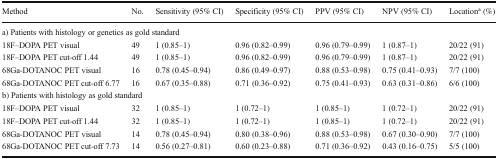
| Method | No. | Sensitivity (95% CI) | Specificity (95% CI) | PPV (95% CI) | NPV (95% CI) | Locationa (%) |
 | --- | --- | --- | --- | --- | --- | --- |
 | <COLSPAN=7> a) Patients with histology or genetics as gold standard |
 | 18F–DOPA PET visual | 49 | 1 (0.85–1) | 0.96 (0.82–0.99) | 0.96 (0.79–0.99) | 1 (0.87–1) | 20/22 (91) |
 | 18F–DOPA PET cut-off 1.44 | 49 | 1 (0.85–1) | 0.96 (0.82–0.99) | 0.96 (0.79–0.99) | 1 (0.87–1) | 20/22 (91) |
 | 68Ga-DOTANOC PET visual | 16 | 0.78 (0.45–0.94) | 0.86 (0.49–0.97) | 0.88 (0.53–0.98) | 0.75 (0.41–0.93) | 7/7 (100) |
 | 68Ga-DOTANOC PET cut-off 6.77 | 16 | 0.67 (0.35–0.88) | 0.71 (0.36–0.92) | 0.75 (0.41–0.93) | 0.63 (0.31–0.86) | 6/6 (100) |
 | <COLSPAN=7> b) Patients with histology as gold standard |
 | 18F–DOPA PET visual | 32 | 1 (0.85–1) | 1 (0.72–1) | 1 (0.85–1) | 1 (0.72–1) | 20/22 (91) |
 | 18F–DOPA PET cut-off 1.44 | 32 | 1 (0.85–1) | 1 (0.72–1) | 1 (0.85–1) | 1 (0.72–1) | 20/22 (91) |
 | 68Ga-DOTANOC PET visual | 14 | 0.78 (0.45–0.94) | 0.80 (0.38–0.96) | 0.88 (0.53–0.98) | 0.67 (0.30–0.90) | 7/7 (100) |
 | 68Ga-DOTANOC PET cut-off 7.73 | 14 | 0.56 (0.27–0.81) | 0.60 (0.23–0.88) | 0.71 (0.36–0.92) | 0.43 (0.16–0.75) | 5/5 (100) |